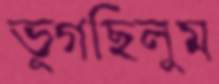
ভুগছিলুম